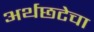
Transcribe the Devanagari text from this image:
अर्थछटेचा